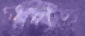
গুলছ